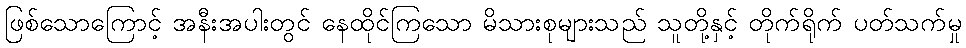
ဖြစ်သောကြောင့် အနီးအပါးတွင် နေထိုင်ကြသော မိသားစုများသည် သူတို့နှင့် တိုက်ရိုက် ပတ်သက်မှု